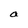
Character: a